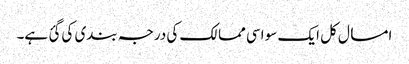
امسال کل ایک سو اسی ممالک کی درجہ بندی کی گئ ہے۔